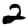
Digit: 2